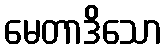
မေတာဒိသော